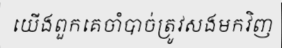
យើងពួកគេចាំបាច់ត្រូវសងមកវិញ